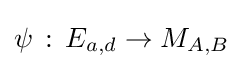
\psi \,:\,E_{a,d}\rightarrow M_{A,B}